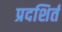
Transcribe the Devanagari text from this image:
प्रदशिर्त